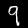
Label: 9